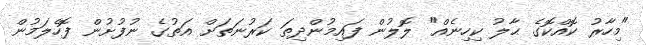
"މިހާރު ކޮއްކޮގެ ޙާލު ކިހިނެއް" ލޮލުން ފައިމުންދިތަ ކަރުނަތަށް އަތުގެ ނުފުށުން ފޮހެލަމުން